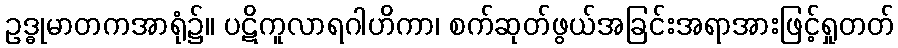
ဥဒ္ဓုမာတကအာရုံ၌။ ပဋိကူလာရဂါဟိကာ၊ စက်ဆုတ်ဖွယ်အခြင်းအရာအားဖြင့်ရှုတတ်